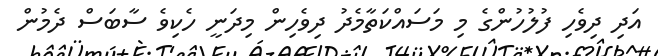
އަދި ދިވެހި ފުލުހުންގެ މި މަސައްކަތާމެދު ދިވެހިން މިދަނީ ހެކިވެ ސާބަސް ދެމުން